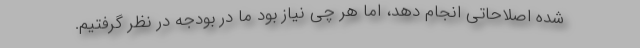
شده اصلاحاتی انجام دهد، اما هر چی نیاز بود ما در بودجه در نظر گرفتیم.